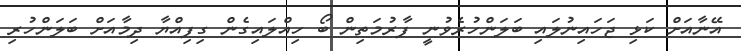
އޭނާއަށް ކަޅި ޖަހައިނުލައި ބަލަންހުރެވުނީ ފާރުމަތިން ބޯ ހިއްލައިގެން ގިފިއްޔާ ދިމާއަށް ބަލަންހުރި